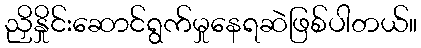
ညှိနှိုင်းဆောင်ရွက်မှုနေရဆဲဖြစ်ပါတယ်။